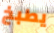
يطبخ